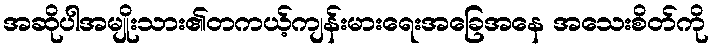
အဆိုပါအမျိုးသား၏တကယ့်ကျန်းမားရေးအခြေအနေ အသေးစိတ်ကို